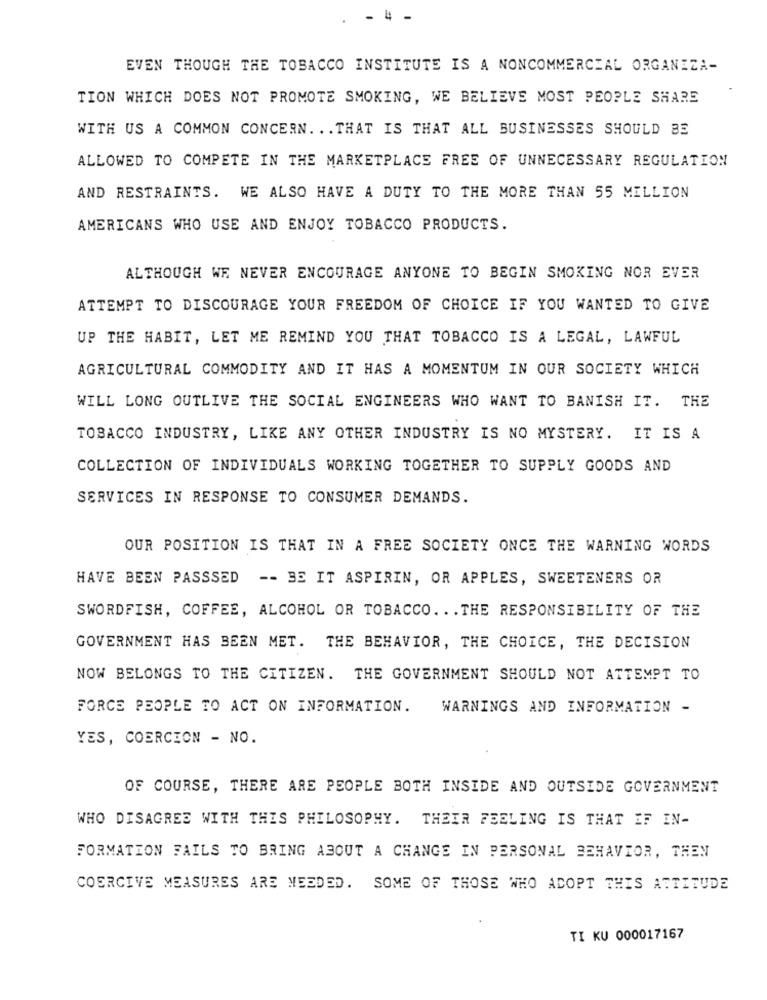
- 4 -
EVEN THOUGH THE TOBACCO INSTITUTE IS A NONCOMMERCIAL ORGANIZA-
TION WHICH DOES NOT PROMOTE SMOKING, WE BELIEVE MOST PEOPLE SHARE
WITH US A COMMON CONCERN. .. THAT IS THAT ALL BUSINESSES SHOULD BE
ALLOWED TO COMPETE IN THE MARKETPLACE FREE OF UNNECESSARY REGULATION
AND RESTRAINTS. WE ALSO HAVE A DUTY TO THE MORE THAN 55 MILLION
AMERICANS WHO USE AND ENJOY TOBACCO PRODUCTS.
ALTHOUGH WE NEVER ENCOURAGE ANYONE TO BEGIN SMOKING NOR EVER
ATTEMPT TO DISCOURAGE YOUR FREEDOM OF CHOICE IF YOU WANTED TO GIVE
UP THE HABIT, LET ME REMIND YOU THAT TOBACCO IS A LEGAL, LAWFUL
AGRICULTURAL COMMODITY AND IT HAS A MOMENTUM IN OUR SOCIETY WHICH
WILL LONG OUTLIVE THE SOCIAL ENGINEERS WHO WANT TO BANISH IT. THE
TOBACCO INDUSTRY, LIKE ANY OTHER INDUSTRY IS NO MYSTERY. IT IS A
COLLECTION OF INDIVIDUALS WORKING TOGETHER TO SUPPLY GOODS AND
SERVICES IN RESPONSE TO CONSUMER DEMANDS.
OUR POSITION IS THAT IN A FREE SOCIETY ONCE THE WARNING WORDS
HAVE BEEN PASSSED -- BE IT ASPIRIN, OR APPLES, SWEETENERS OR
SWORDFISH, COFFEE, ALCOHOL OR TOBACCO. . . THE RESPONSIBILITY OF THE
GOVERNMENT HAS BEEN MET. THE BEHAVIOR, THE CHOICE, THE DECISION
NOW BELONGS TO THE CITIZEN. THE GOVERNMENT SHOULD NOT ATTEMPT TO
FORCE PEOPLE TO ACT ON INFORMATION.
WARNINGS AND INFORMATION -
YES, COERCION - NO.
OF COURSE, THERE ARE PEOPLE BOTH INSIDE AND OUTSIDE GOVERNMENT
WHO DISAGREE WITH THIS PHILOSOPHY. THEIR FEELING IS THAT IF IN-
FORMATION FAILS TO BRING ABOUT A CHANGE IN PERSONAL BEHAVIOR, THEN
COERCIVE MEASURES ARE NEEDED. SOME OF THOSE WHO ADOPT THIS ATTITUDE
TI KU 000017167